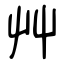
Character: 艸